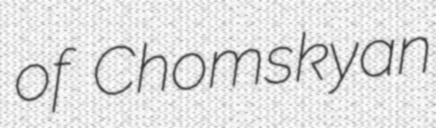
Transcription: of Chomskyan